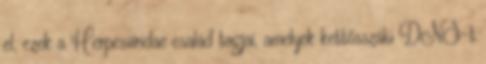
el, ezek a Herpesviridae család tagjai, amelyek kettősszálú DNS-t